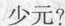
少元?